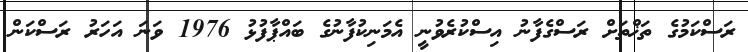
ރަސްކަމުގެ ތަޚްތަށް ރަސްގެފާނު އިސްކުރެވުނީ އެމަނިކުފާނުގެ ބައްޕާފުޅު 1976 ވަނަ އަހަރު ރަސްކަން